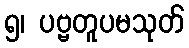
၅၊ ပဗ္ဗတူပမသုတ်